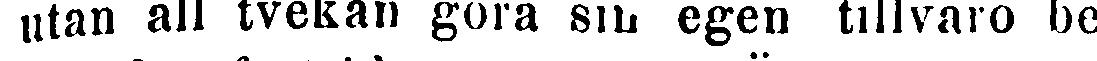
utan all tvekan göra sin egen tillvaro be